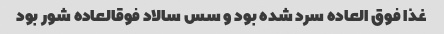
غذا فوق العاده سرد شده بود و سس سالاد فوقالعاده شور بود